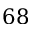
6 8